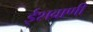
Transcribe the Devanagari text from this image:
ईशवाणी